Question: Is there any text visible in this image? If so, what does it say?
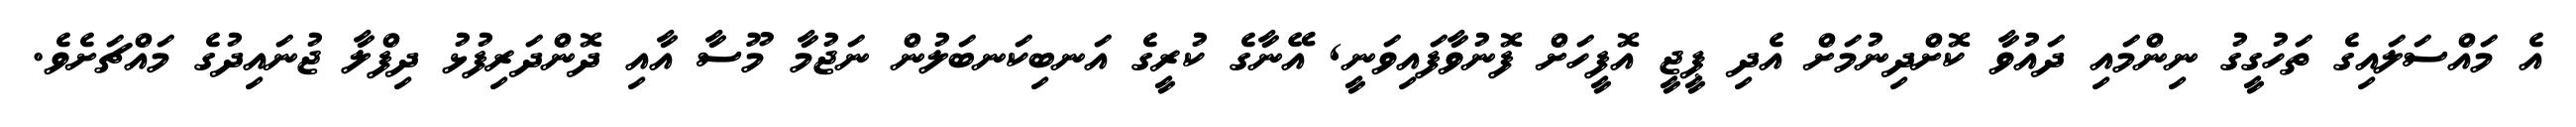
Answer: އެ މައްސަލައިގެ ތަހުގީގު ނިންމައި ދައުވާ ކޮށްދިނުމަށް އެދި ޕީޖީ އޮފީހަށް ފޮނުވާފައިވަނީ, އޭނާގެ ކުރީގެ އަނބިކަނބަލުން ނަޖުމާ މޫސާ އާއި ދޮންދަރިފުޅު ދިފްލާ ޖުނައިދުގެ މައްޗަށެވެ.